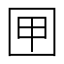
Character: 㘡